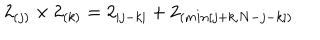
LaTeX: 2 _ { ( j ) } \times 2 _ { ( k ) } = 2 _ { | j - k | } + 2 _ { ( m i n [ j + k , N - j - k ] ) }